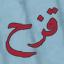
قزح